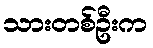
သားတစ်ဦးက